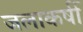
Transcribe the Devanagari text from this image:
जलाकर्षी